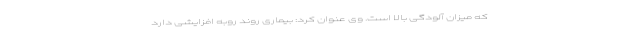
که میزان آلودگی بالا است. وی عنوان کرد: بیماری روند روبه افزایشی دارد